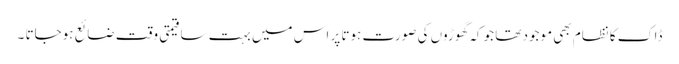
ڈاک کا نظام بھی موجود تھا جو کہ گھوڑوں کی صورت ہوتا پر اس میں بہت سا قیمتی وقت ضائع ہوجاتا ۔